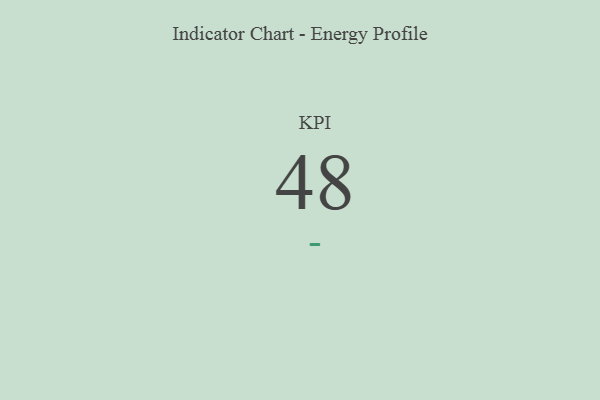
{"axis": {"x": "KPI", "y": "Value"}, "legend": [""], "data": [{"x": "KPI", "y": 48, "type": ""}]}